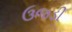
ઉજડી